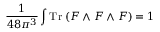
\frac { 1 } { 4 8 \pi ^ { 3 } } \int \mathrm { T r } \; ( F \wedge F \wedge F ) = 1